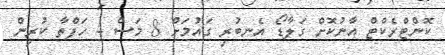
ކޮންޓްރެކްޓް އާނުކޮށް ގަލާޑޯ އެނބުރި ގައުމަށް 8 މަސް 4 ހަފްތާ ކުރިން